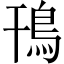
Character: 鳱